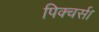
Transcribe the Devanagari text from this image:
पिक्चर्स।